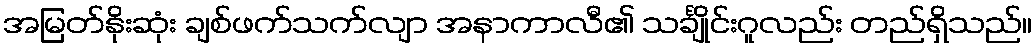
အမြတ်နိုးဆုံး ချစ်ဖက်သက်လျာ အနာကာလီ၏ သင်္ချိုင်းဂူလည်း တည်ရှိသည်။